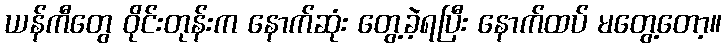
ယန်ကီတွေ ဝိုင်းတုန်းက နောက်ဆုံး တွေ့ခဲ့ရပြီး နောက်ထပ် မတွေ့တော့။